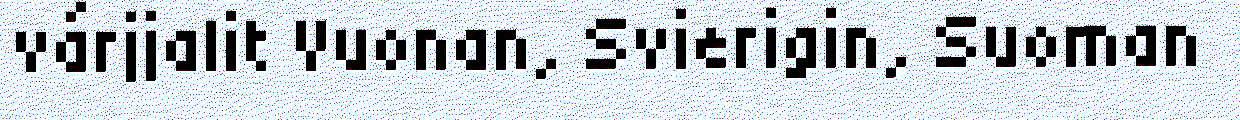
várjjalit Vuonan, Svierigin, Suoman